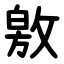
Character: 敫